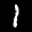
Label: 1